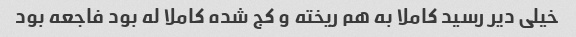
خیلی دیر رسید کاملا به هم ریخته و کج شده کاملا له بود فاجعه بود